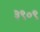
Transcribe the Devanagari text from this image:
३९०९